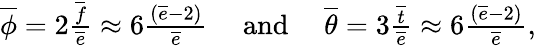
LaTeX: \begin{array}{r}{\overline{{\phi}}=2\frac{\overline{{f}}}{\overline{{e}}}\approx 6\frac{(\overline{{e}}-2)}{\overline{{e}}}\quad\mathrm{~and~}\quad\overline{{\theta}}=3\frac{\overline{{t}}}{\overline{{e}}}\approx 6\frac{(\overline{{e}}-2)}{\overline{{e}}},}\end{array}